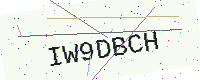
Text: IW9DBCH